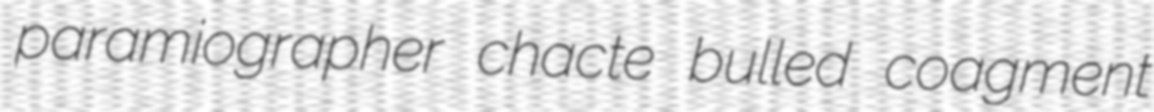
paramiographer chacte bulled coagment